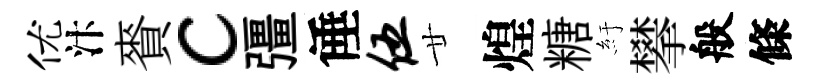
优汴賚c彊倕伍廿煌糖紆攀般條